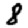
Digit: 8